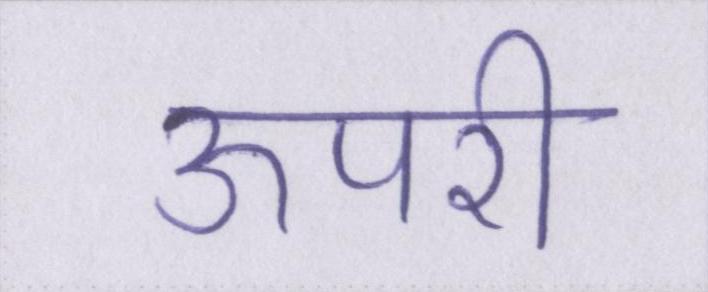
ऊपरी